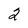
Character: 2